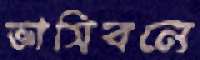
ভাসিবনে